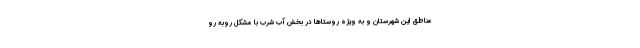
مناطق این شهرستان و به ویژه روستاها در بخش آب شرب با مشکل روبه رو